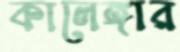
কালেঙ্গার